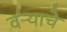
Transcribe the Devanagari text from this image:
वर्‍याचे